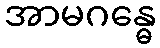
အာမဂန္ဓေ